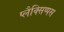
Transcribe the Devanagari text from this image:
प्लैक्सिप्पस